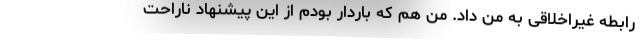
رابطه غیراخلاقی به من داد. من هم که باردار بودم از این پیشنهاد ناراحت